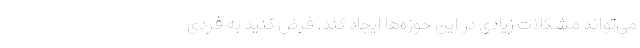
می‌تواند مشکلات زیادی در این حوزه‌ها ایجاد کند. فرض کنید به فردی